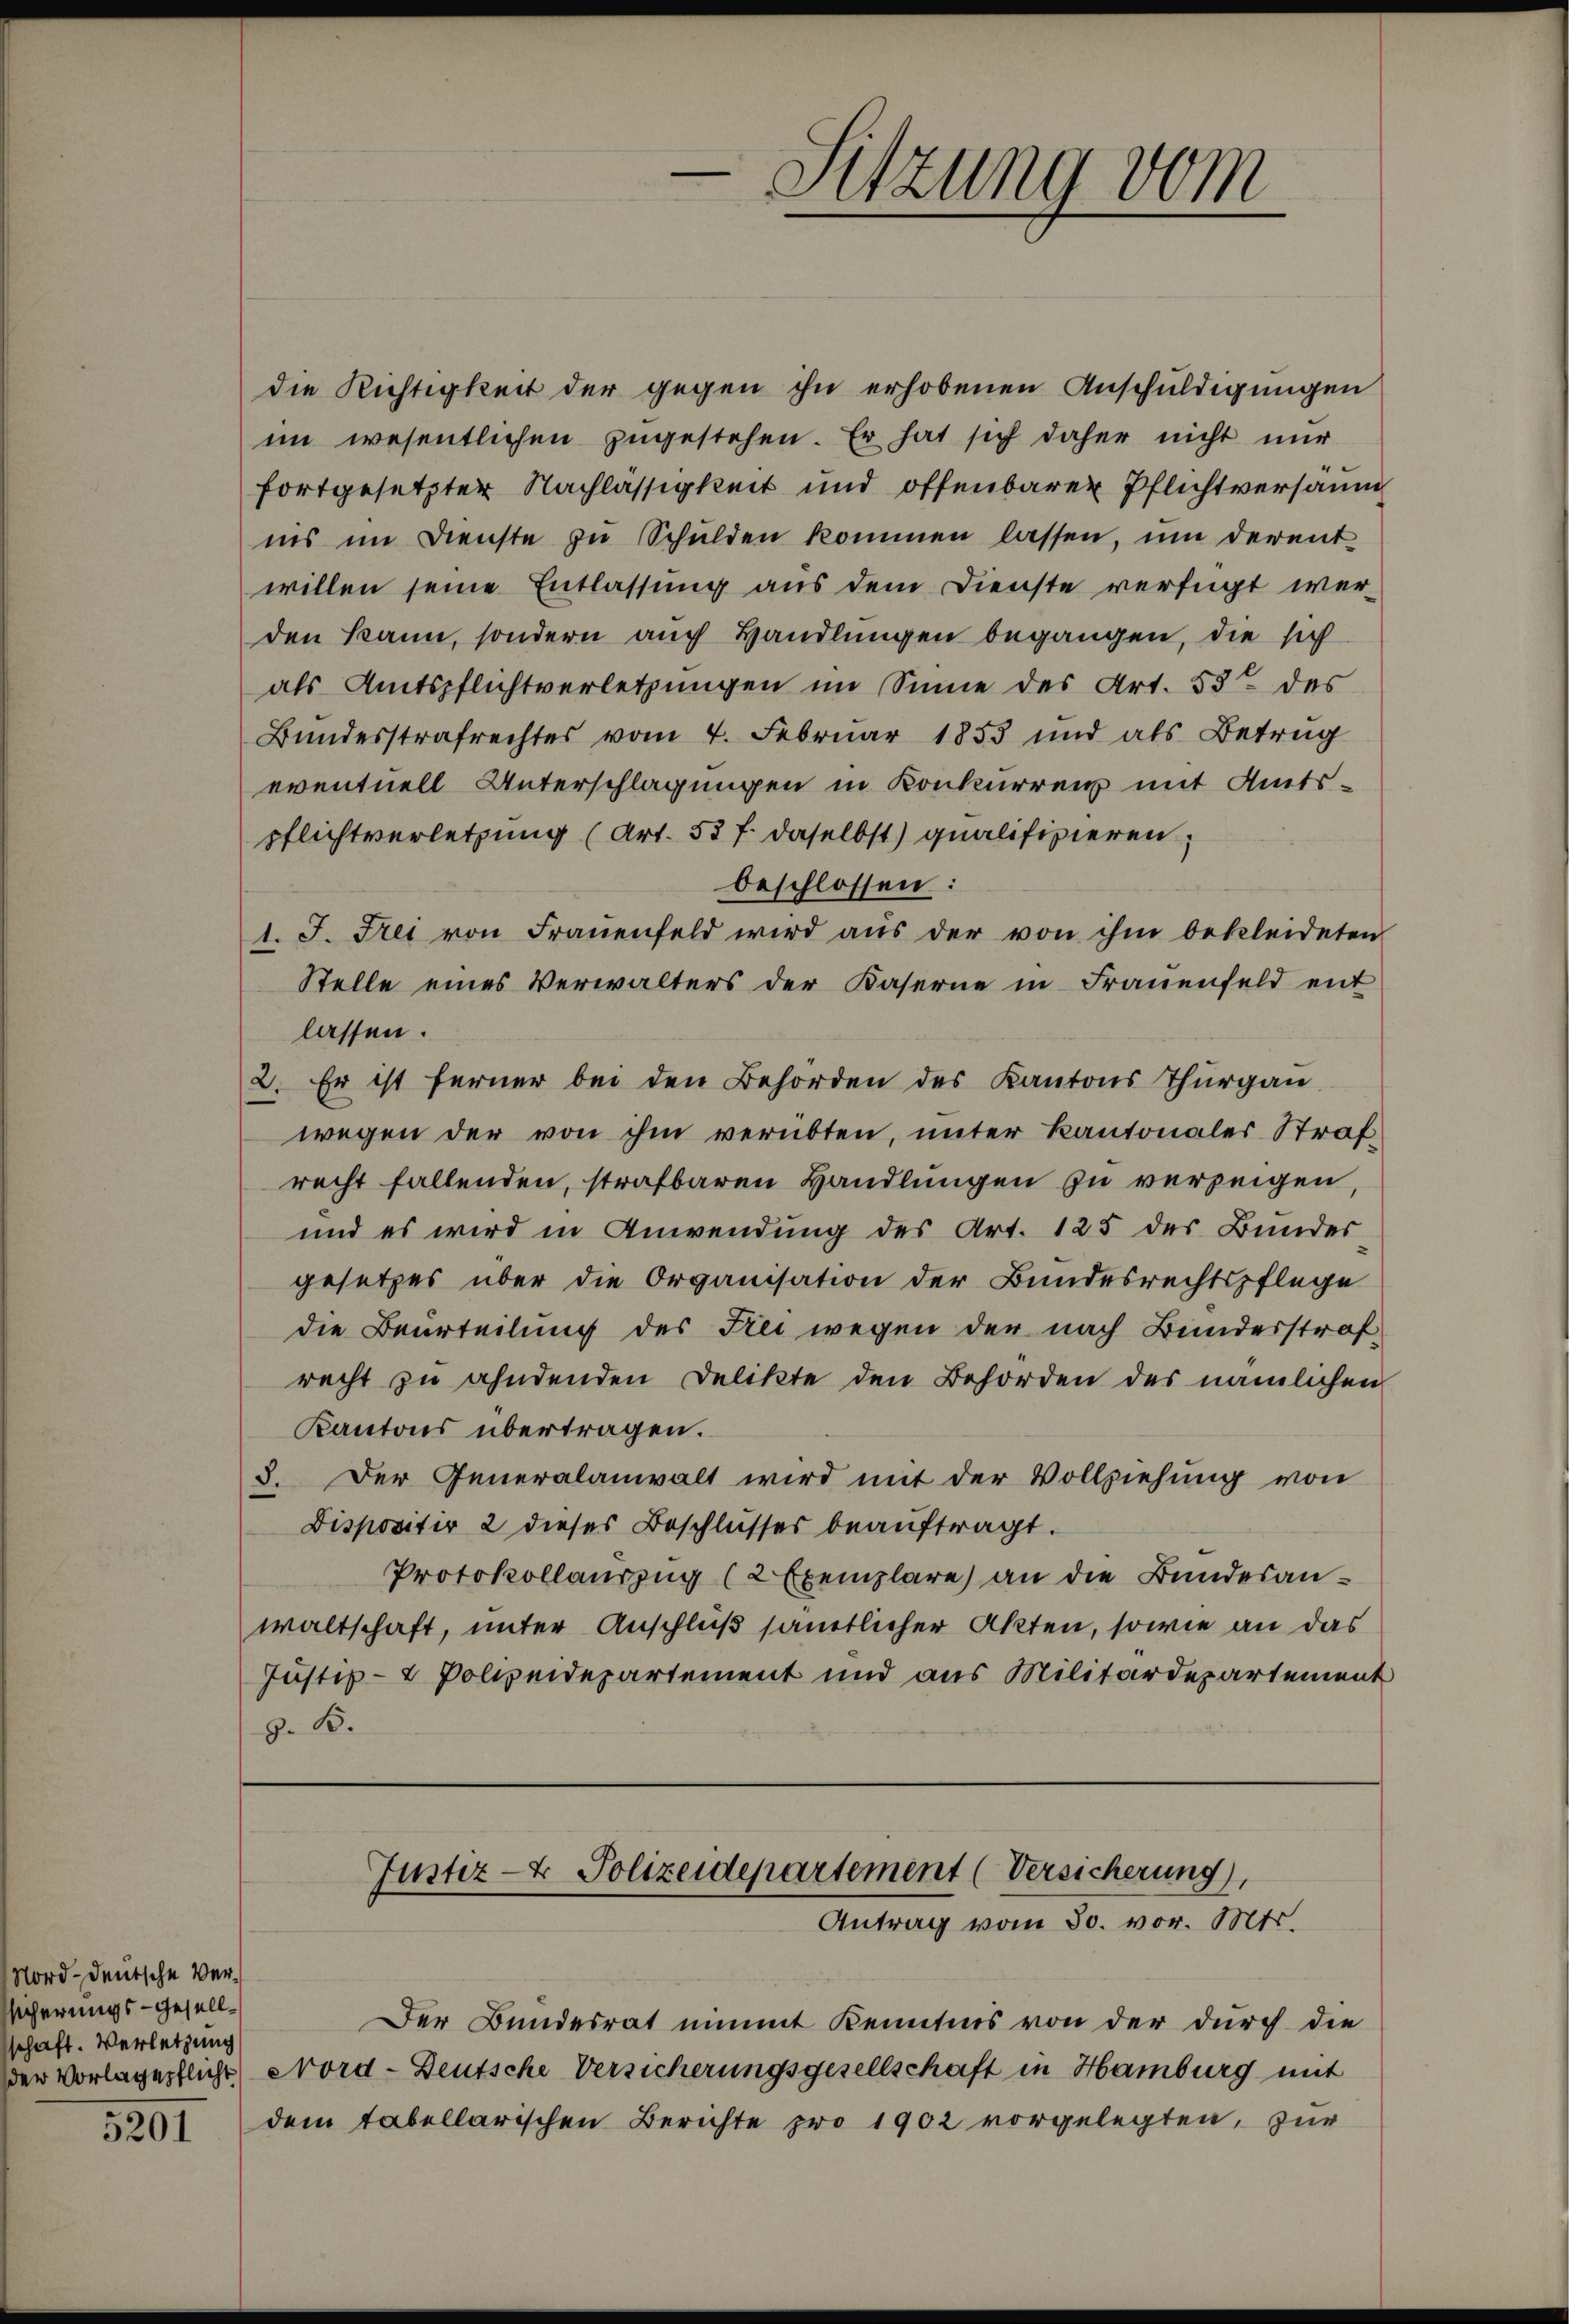
Norddeutsche Versicherungs-Gesellschaft. Verletzung
5201

die Richtigkeit der gegen ihn erhobenen Anschuldigungen
im wesentlichen zŭgestehen. Er hat sich daher nicht nur
fortgesetzter Nachlässigkeit und offenbarer Pflichtversäum
ins im Dienste zŭ Schulden kommen lassen, ŭm derent
willen seine Entlassung aus dem Dienste verfügt wer-
den kann, sondern auch Handlungen begangen, die sich
als Amtspflichtverletzungen im Sinne des Art. 53 des
Bundesstrafrechtes vom 4. Februar 1853 und als Betrug
eventuell Unterschlagungen in Konkurrenz mit Amtspflichtverletzung (Art. 53 f. daselbst) qualifizieren,
beschlossen:
1. J. Frei von Fraŭenfeld wird aŭs der von ihm bekleideten
Stelle eines Verwalters der Kaserne in Frauenfeld ent
lassen.
2. Er ist ferner bei den Behörden des Kantons Thurgau,
wegen der von ihm verübten, unter Kantonales Strafrecht fallenden, strafbaren Handlungen zu verzeigen,
und es wird in Anwendung des Art. 125 des Bundes-
gesetzes über die Organisation der Bundesrechtspflege
die Beurteilung des Frei wegen der nach Bunderstraf
recht zu ahndenden Delikte den Behörden des nämlichen
Kantons übertragen.
3. Der Generalanwalt wird mit der Vollziehung von
Dispositiv 2 dieses Beschlusses beauftragt.
Protokollauszug (2 Exemplare) an die Bundesanwaltschaft, unter Anschluß sämtlicher Akten, sowie an das
Justiz- & Polizeidepartement und aus Militärdepartement
Z. B.

“
Sitzung vom

Justiz- & Polizeidepartement (Versicherung),
Antrag vom 30. vor. Mts.

Der Bundesrat nimmt Kenntnis von der durch die
der Vorlagepflicht Nord-Deutsche Versicherungsgesellschaft in Hamburg mit
dem tabellarischen Berichte pro 1902 vorgelegten, zur